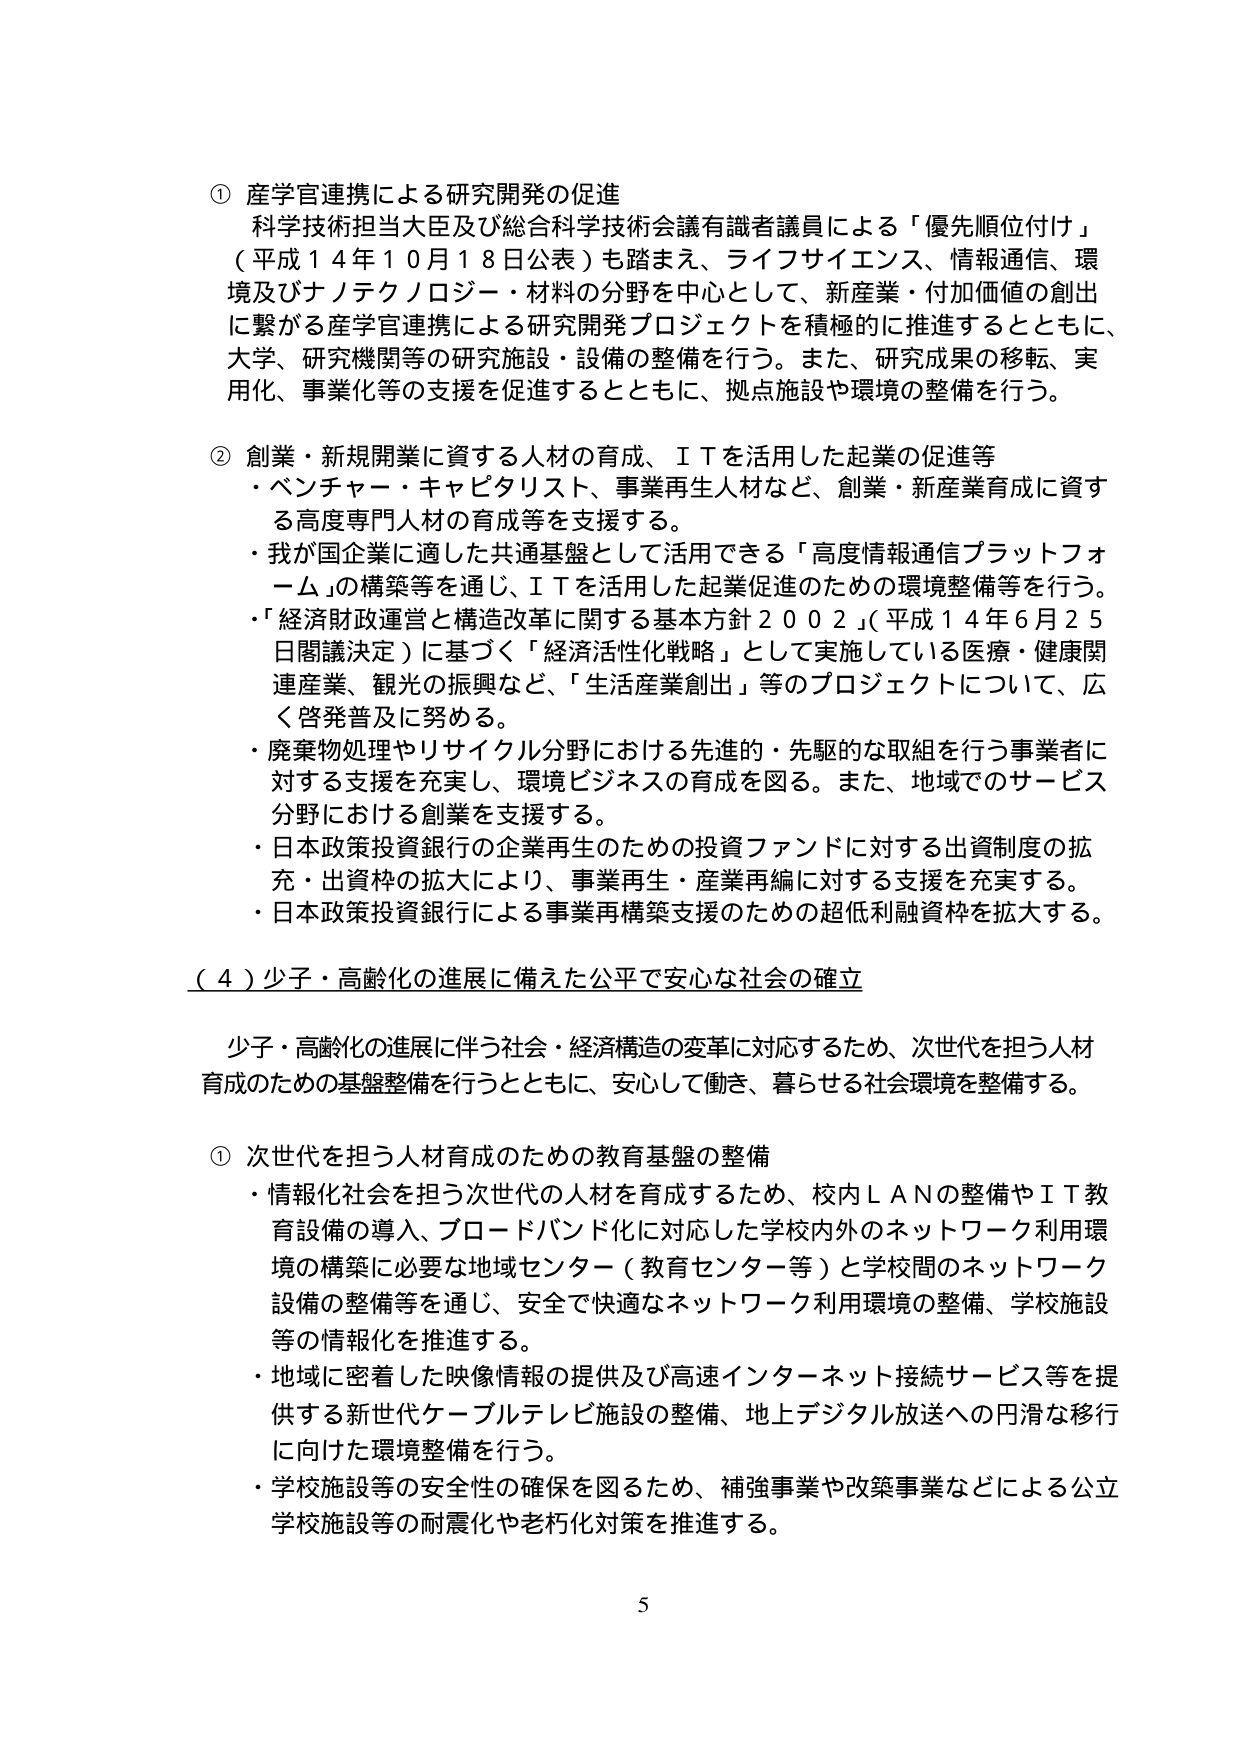
① 産学官連携による研究開発の促進
科学技術担当大臣及び総合科学技術会議有識者議員による「優先順位付け」
（平成１４年１０月１８日公表）も踏まえ、ライフサイエンス、情報通信、環境及びナノテクノロジー・材料の分野を中心として、新産業・付加価値の創出に繋がる産学官連携による研究開発プロジェクトを積極的に推進するとともに、大学、研究機関等の研究施設・設備の整備を行う。また、研究成果の移転、実用化、事業化等の支援を促進するとともに、拠点施設や環境の整備を行う。

② 創業・新規開業に資する人材の育成、ＩＴを活用した起業の促進等
・ベンチャー・キャピタリスト、事業再生人材など、創業・新産業育成に資する高度専門人材の育成等を支援する。
・我が国企業に適した共通基盤として活用できる「高度情報通信プラットフォーム」の構築等を通じ、ＩＴを活用した起業促進のための環境整備等を行う。
・「経済財政運営と構造改革に関する基本方針２００２」（平成１４年６月２５日閣議決定）に基づく「経済活性化戦略」として実施している医療・健康関連産業、観光の振興など、「生活産業創出」等のプロジェクトについて、広く啓発普及に努める。
・廃棄物処理やリサイクル分野における先進的・先駆的な取組を行う事業者に対する支援を充実し、環境ビジネスの育成を図る。また、地域でのサービス分野における創業を支援する。
・日本政策投資銀行の企業再生のための投資ファンドに対する出資制度の拡充・出資枠の拡大により、事業再生・産業再編に対する支援を充実する。
・日本政策投資銀行による事業再構築支援のための超低利融資枠を拡大する。

（４）少子・高齢化の進展に備えた公平で安心な社会の確立

少子・高齢化の進展に伴う社会・経済構造の変革に対応するため、次世代を担う人材育成のための基盤整備を行うとともに、安心して働き、暮らせる社会環境を整備する。

① 次世代を担う人材育成のための教育基盤の整備
・情報化社会を担う次世代の人材を育成するため、校内ＬＡＮの整備やＩＴ教育設備の導入、ブロードバンド化に対応した学校内外のネットワーク利用環境の構築に必要な地域センター（教育センター等）と学校間のネットワーク設備の整備等を通じ、安全で快適なネットワーク利用環境の整備、学校施設等の情報化を推進する。
・地域に密着した映像情報の提供及び高速インターネット接続サービス等を提供する新世代ケーブルテレビ施設の整備、地上デジタル放送への円滑な移行に向けた環境整備を行う。
・学校施設等の安全性の確保を図るため、補強事業や改築事業などによる公立学校施設等の耐震化や老朽化対策を推進する。

5